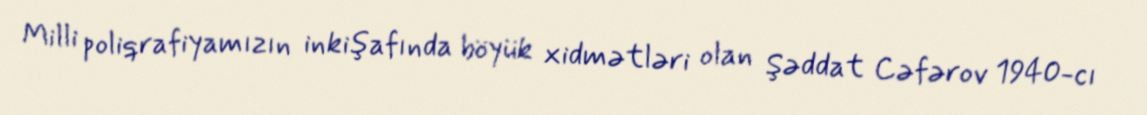
Milli poliqrafiyamızın inkişafında böyük xidmətləri olan Şəddat Cəfərov 1940-cı